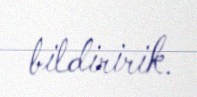
bildiririk.